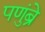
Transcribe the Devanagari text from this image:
पणुंब्रे